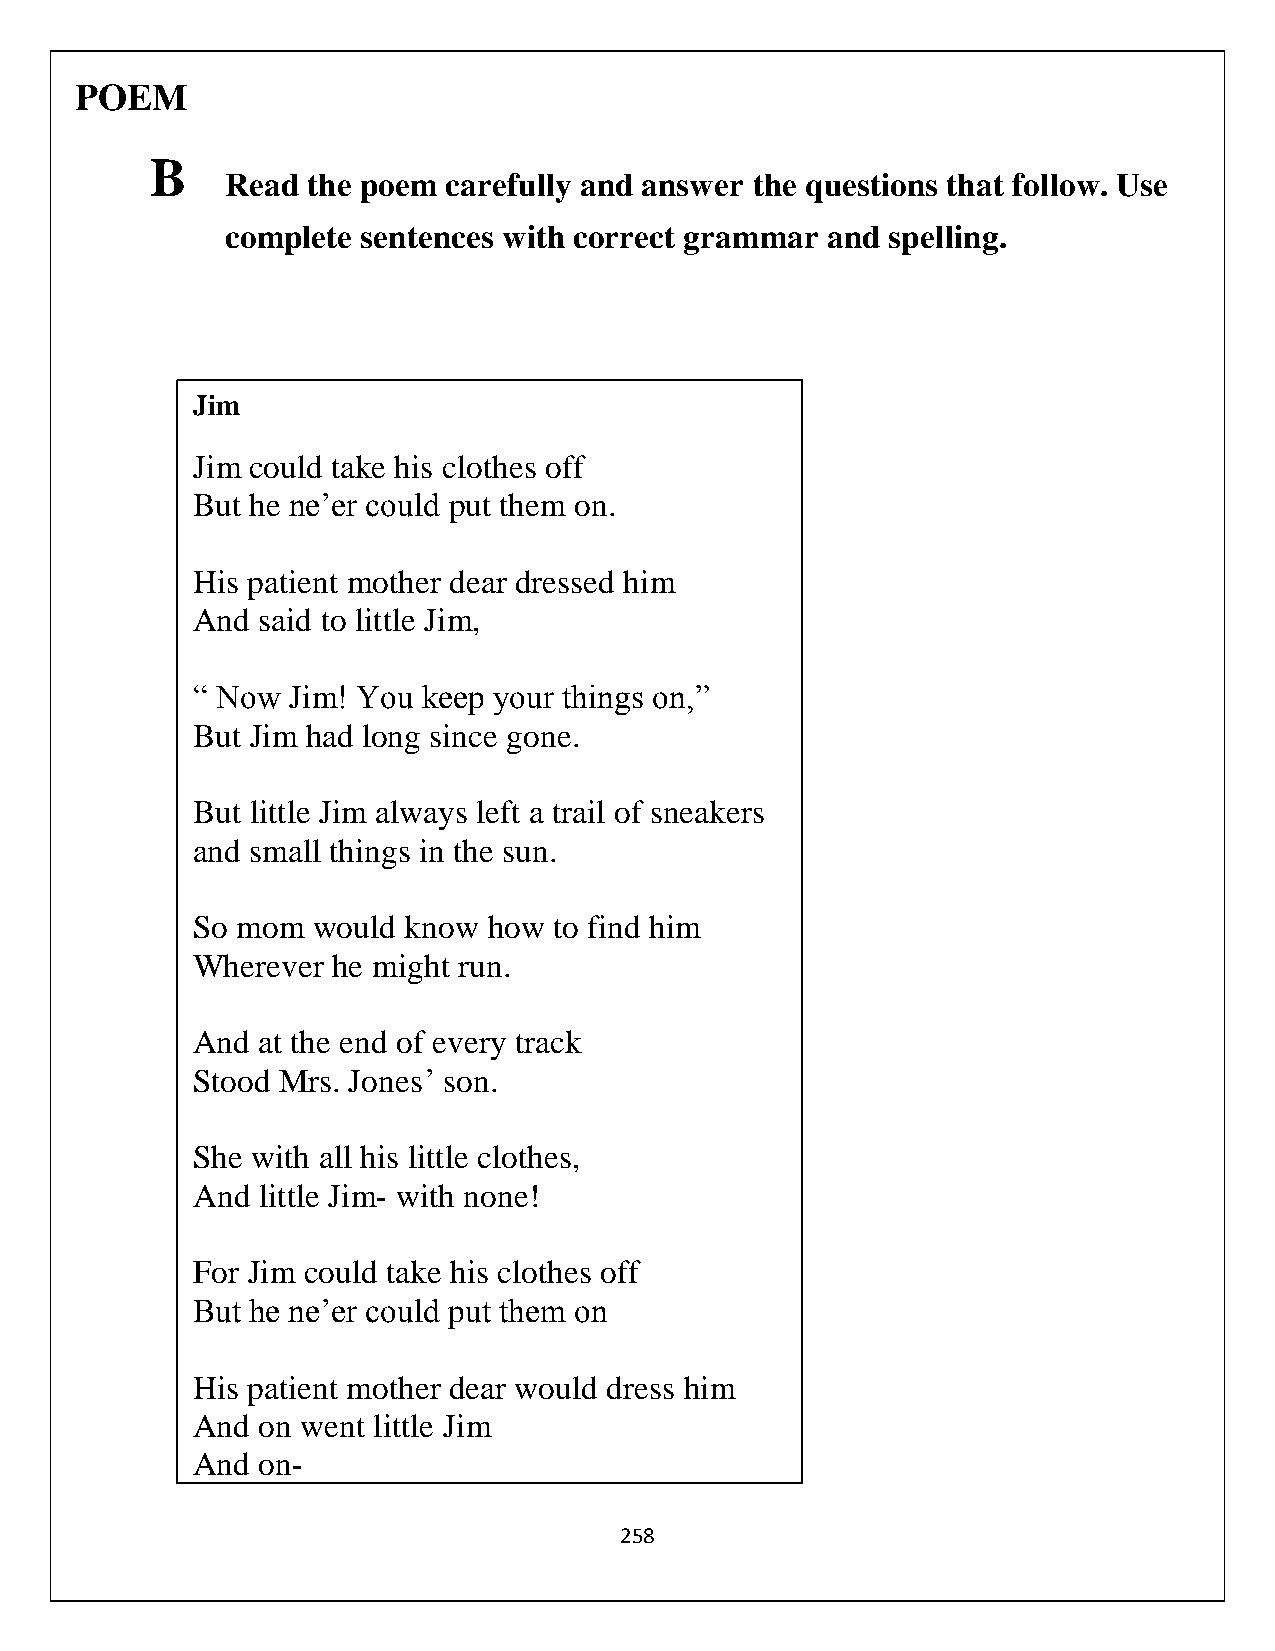
POEM
 B
 Read the poem  carefully and answer the questions that follow. Use
 complete sentences with correct grammar and spelling.
 Jim
 Jim could take his clothes off
 But he ne’er could put them on.
 His patient mother dear dressed him
 And said to little Jim,
 “ Now Jim! You keep your things on,”
 But Jim had long since gone.
 But little Jim always left a trail of sneakers
 and small things in the sun.
 So mom  would know how  to find him
 Wherever he might run.
 And at the end of every track
 Stood Mrs. Jones’ son.
 She with all his little clothes,
 And little Jim- with none!
 For Jim could take his clothes off
 But he ne’er could put them on
 His patient mother dear would dress him
 And on went little Jim
 And on-
 And on
 258